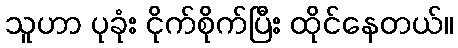
သူဟာ ပုခုံး ငိုက်စိုက်ပြီး ထိုင်နေတယ်။